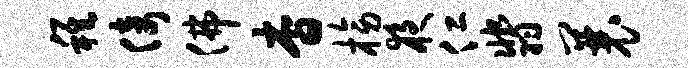
稚倚佛杳榜夜仁翡曩